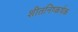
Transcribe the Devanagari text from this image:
शीतनिष्कर्षक